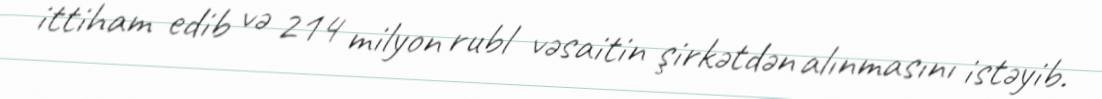
ittiham edib və 214 milyon rubl vəsaitin şirkətdən alınmasını istəyib.